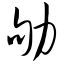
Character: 劬